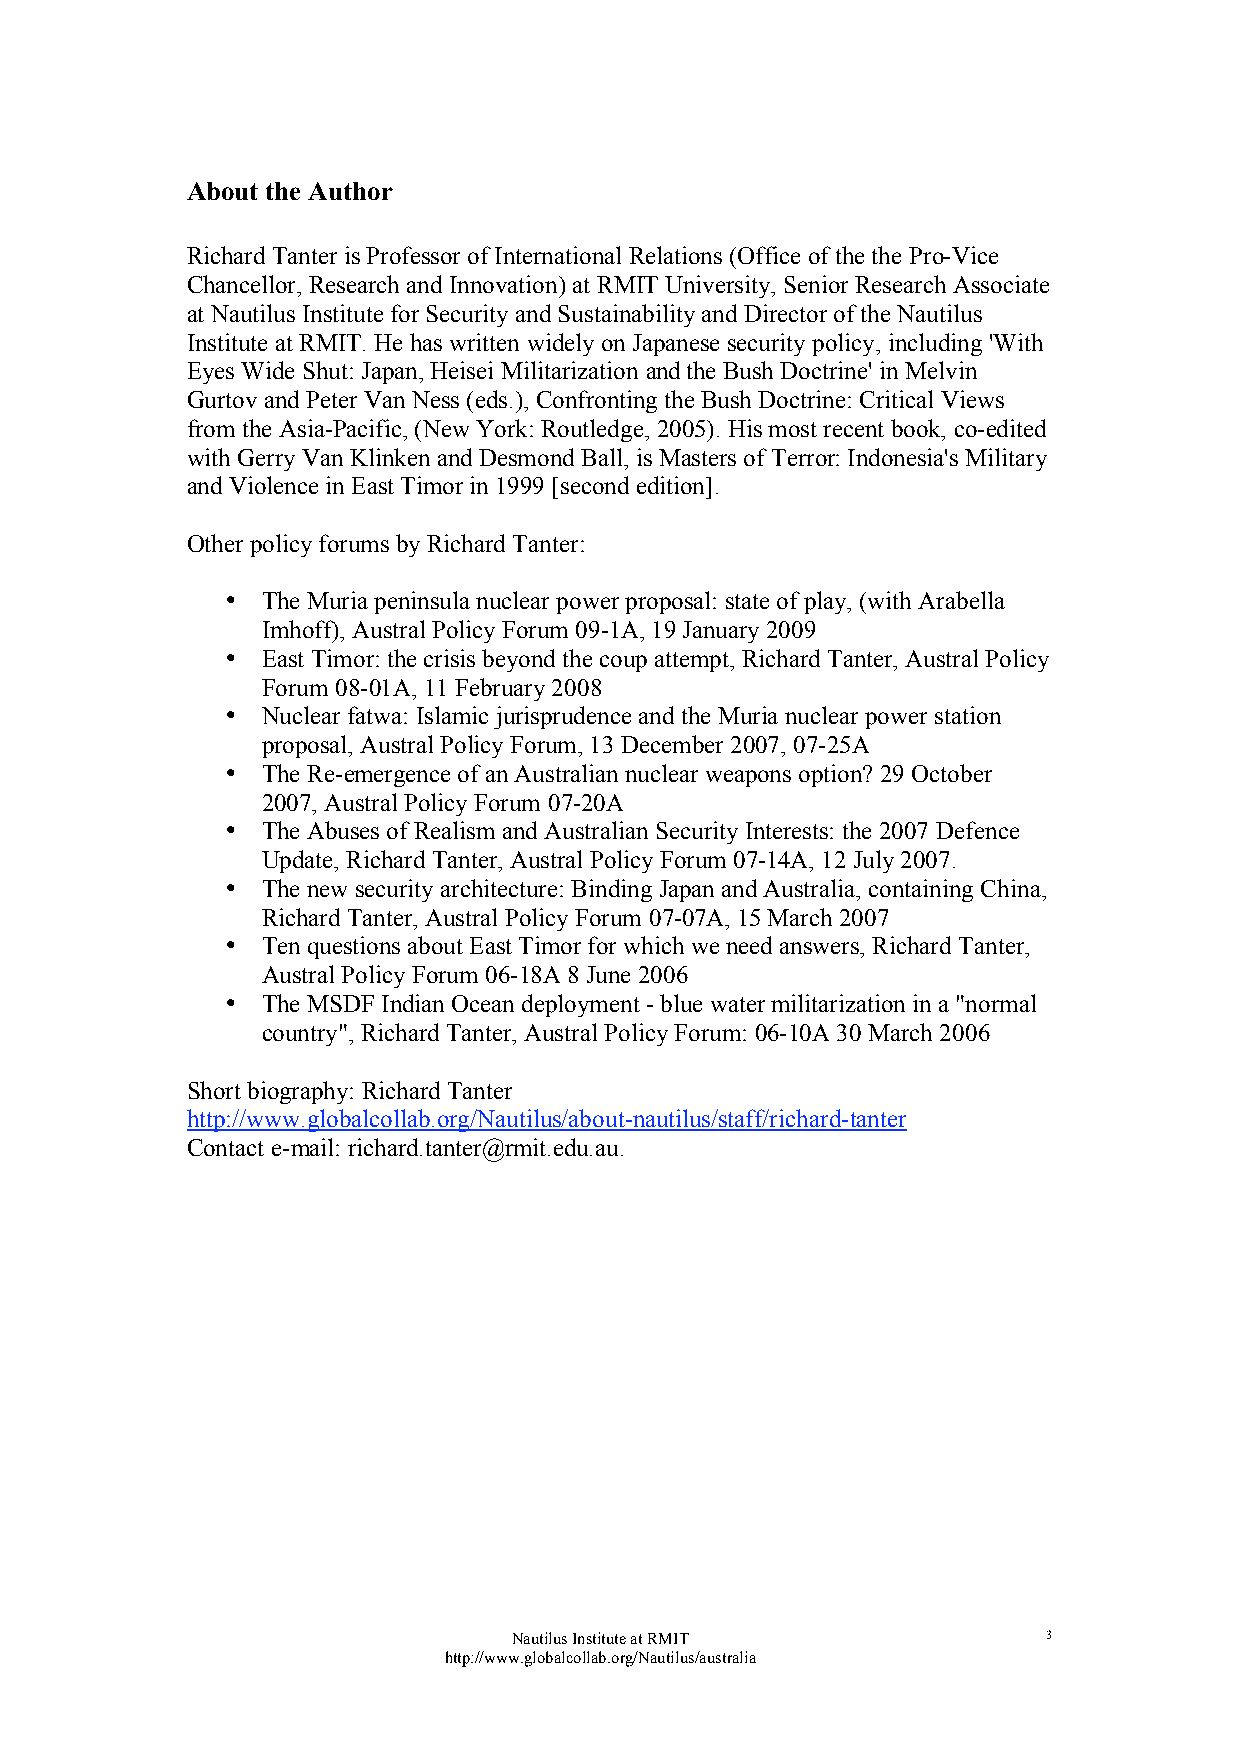
About the Author
 Richard Tanter is Professor of International Relations (Office of the the Pro-Vice
 Chancellor, Research and Innovation) at RMIT University, Senior Research Associate
 at Nautilus Institute for Security and Sustainability and Director of the Nautilus
 Institute at RMIT. He has written widely on Japanese security policy, including 'With
 Eyes Wide Shut: Japan, Heisei Militarization and the Bush Doctrine' in Melvin
 Gurtov and Peter Van Ness (eds.), Confronting the Bush Doctrine: Critical Views
 from the Asia-Pacific, (New York: Routledge, 2005). His most recent book, co-edited
 with Gerry Van Klinken and Desmond Ball, is Masters of Terror: Indonesia's Military
 and Violence in East Timor in 1999 [second edition].
 Other policy forums by Richard Tanter:
 • The Muria peninsula nuclear power proposal: state of play, (with Arabella
 Imhoff), Austral Policy Forum 09-1A, 19 January 2009
 • East Timor: the crisis beyond the coup attempt, Richard Tanter, Austral Policy
 Forum 08-01A, 11 February 2008
 • Nuclear fatwa: Islamic jurisprudence and the Muria nuclear power station
 proposal, Austral Policy Forum, 13 December 2007, 07-25A
 • The Re-emergence of an Australian nuclear weapons option? 29 October
 2007, Austral Policy Forum 07-20A
 • The Abuses of Realism and Australian Security Interests: the 2007 Defence
 Update, Richard Tanter, Austral Policy Forum 07-14A, 12 July 2007.
 • The new security architecture: Binding Japan and Australia, containing China,
 Richard Tanter, Austral Policy Forum 07-07A, 15 March 2007
 • Ten questions about East Timor for which we need answers, Richard Tanter,
 Austral Policy Forum 06-18A 8 June 2006
 • The MSDF Indian Ocean deployment - blue water militarization in a "normal
 country", Richard Tanter, Austral Policy Forum: 06-10A 30 March 2006
 Short biography: Richard Tanter
 http://www.globalcollab.org/Nautilus/about-nautilus/staff/richard-tanter
 Contact e-mail: richard.tanter@rmit.edu.au.
 Nautilus Institute at RMIT         3
 http://www.globalcollab.org/Nautilus/australia